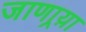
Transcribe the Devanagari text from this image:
जाणार्‍य़ा